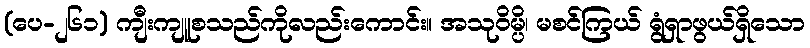
(ပေ-၂၆၁) ကျီးကျူစသည်ကိုလည်းကောင်း။ အသုဝိမ္ပိ၊ မစင်ကြယ် ရွံရှာဖွယ်ရှိသော